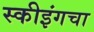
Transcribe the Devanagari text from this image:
स्कीइंगचा